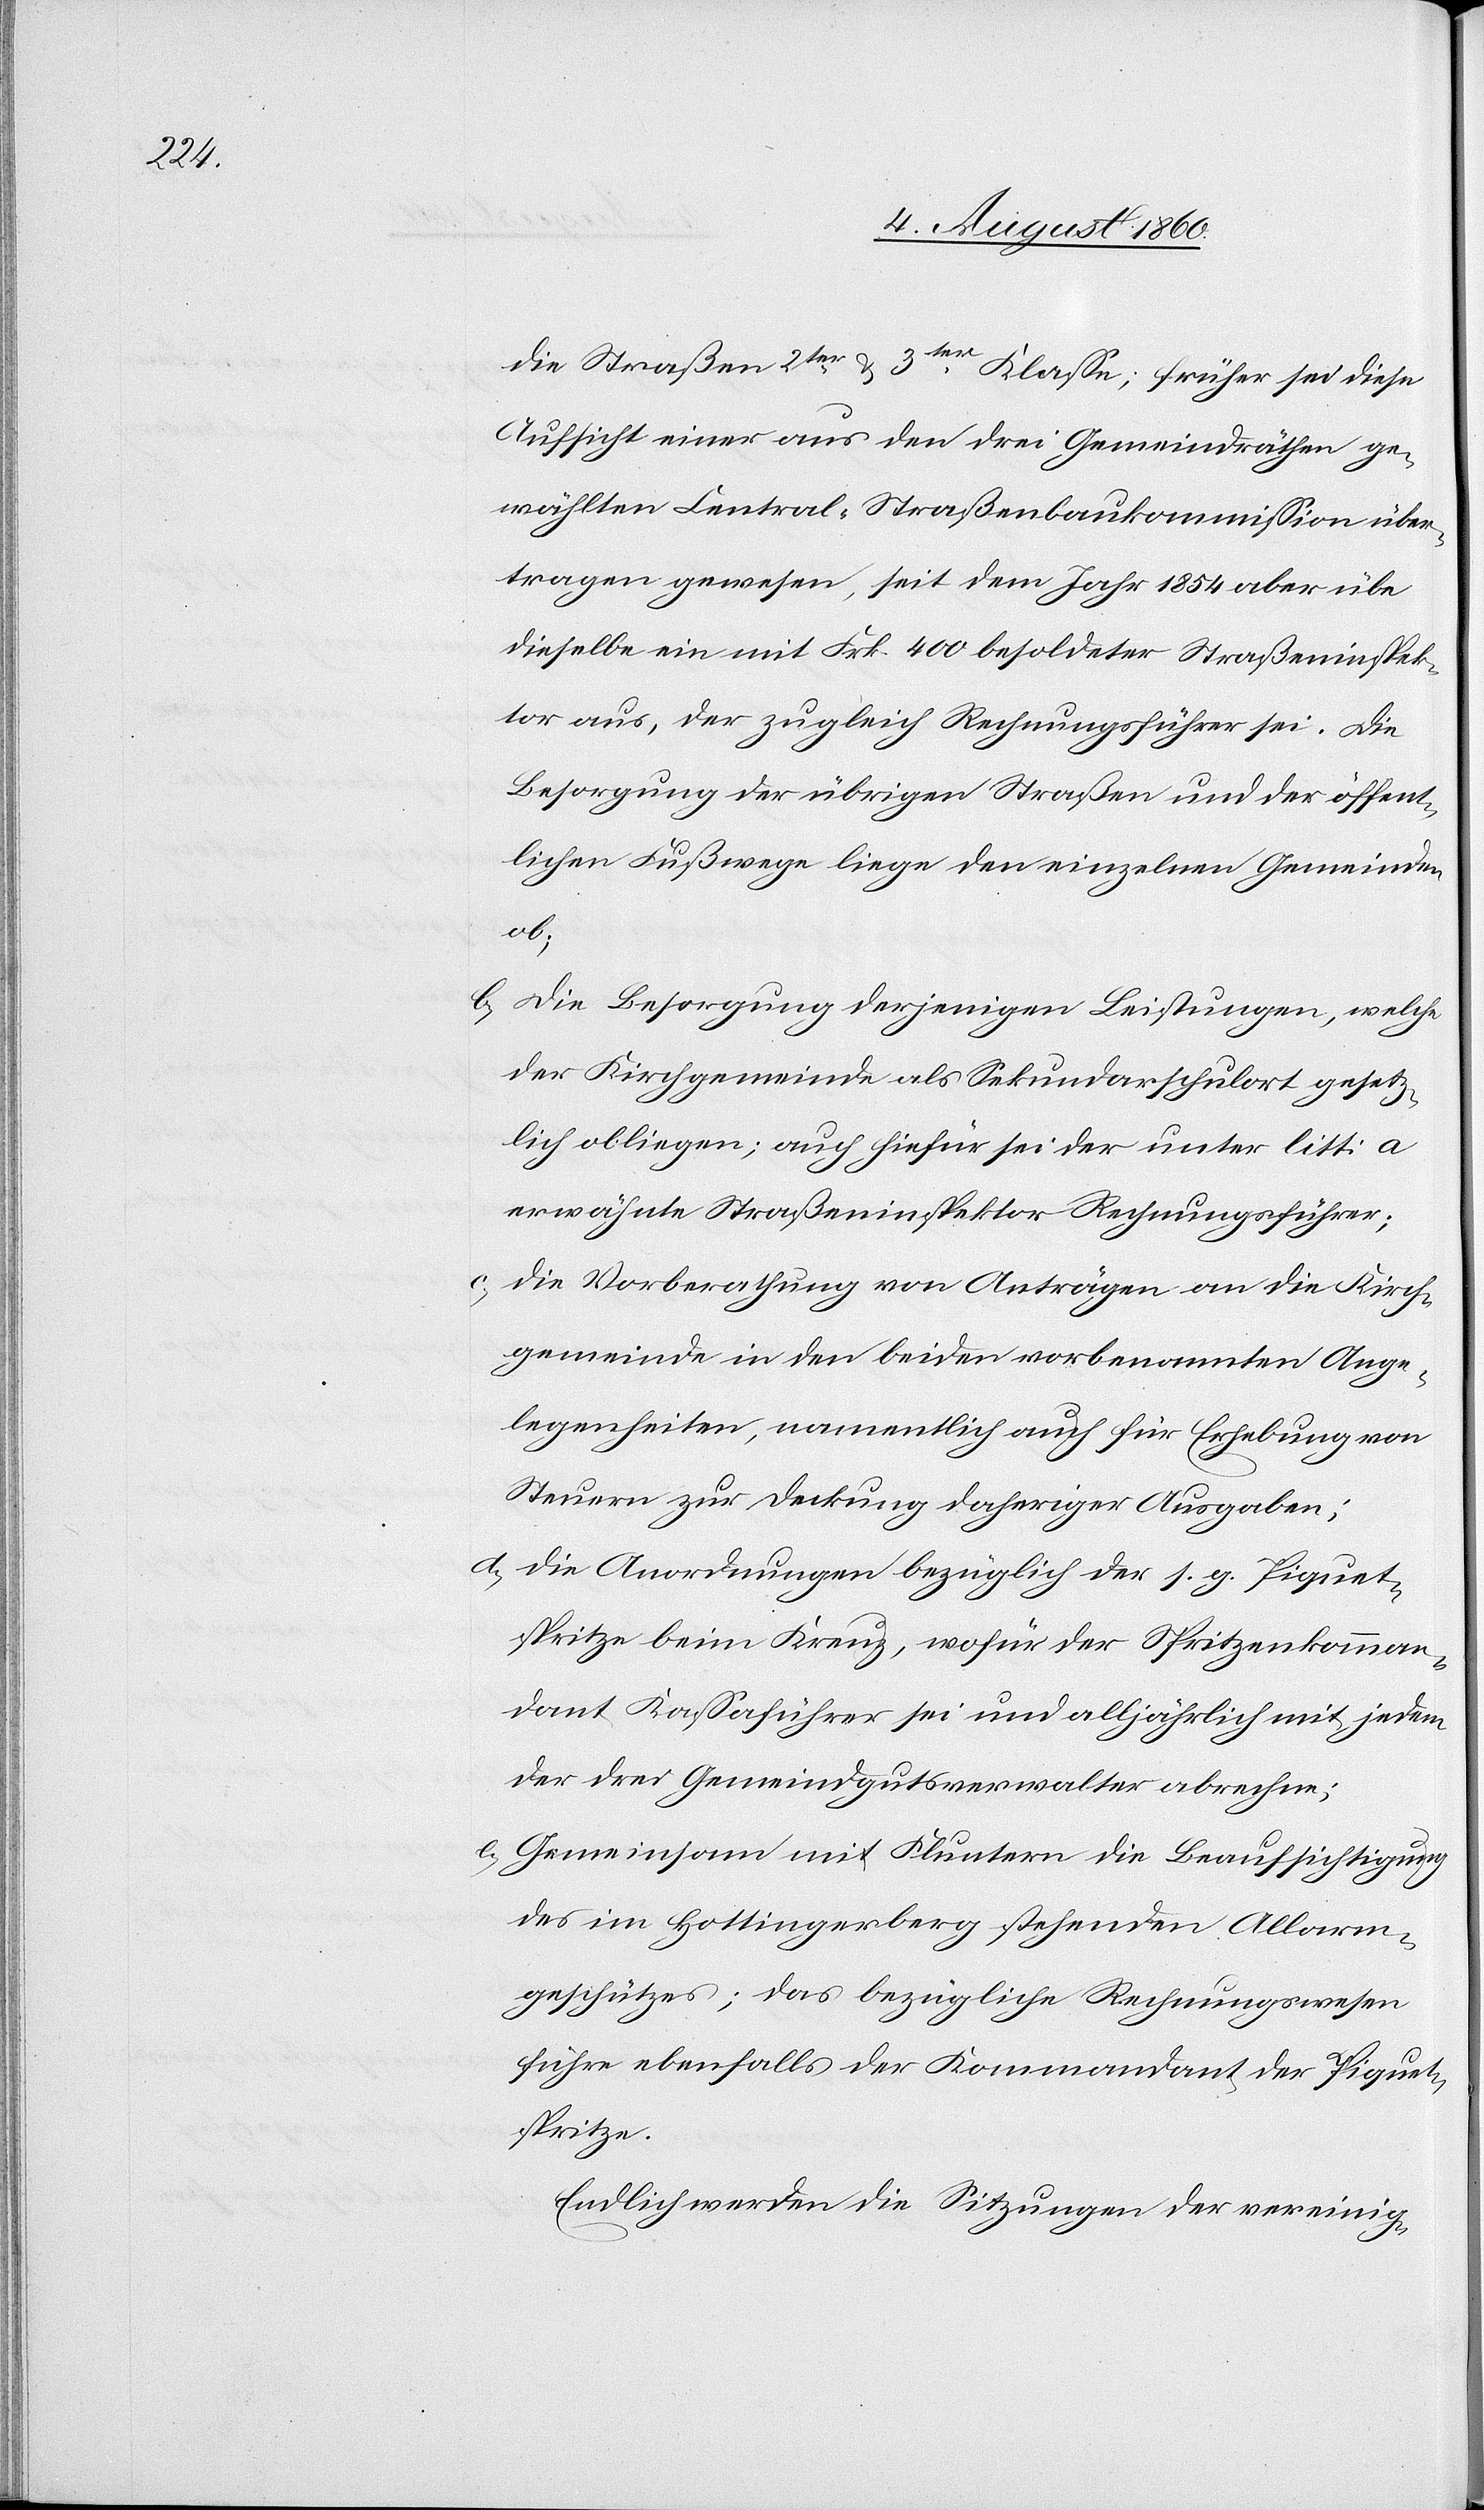
die Strassen zweiter u. 3ter Klasse; früher sei diese
Aufsicht einer aus den drei Gemeindräthen ge¬
wählten Central-Strassen-Baukommission über¬
tragen gewesen, seit dem Jahr 1854 aber übe
dieselbe ein mit Frk. 400 besoldeter Strasseninspek¬
tor aus, der zugleich Rechnungsführer sei. Die
Besorgung der übrigen Strassen und der öffent¬
lichen Fusswege liege den einzelnen Gemeinden
ob.
b. Die Besorgung derjenigen Leistungen, welche
der Kirchgemeinde als Sekundarschulort gesetz¬
lich obliegen, auch hiefür sei der unter litt. a
erwähnte Straßeninspektor Rechungsführer;
c. die Vorberathung von Anträgen an die Kirch¬
gemeinde in den beiden vorbenannten Ange¬
legenheiten, namentlich auch für Erhebung von
Steuern zur Deckung daheriger Ausgaben;
d. Die Anordnungen bezüglich der s. g. Piquet¬
spritze beim Kreuz, wofür der Spritzenkomman¬
dant Kassaführer sei und alljährlich mit jedem
der drei Gemeindgutsverwalter abrechne.
e. Gemeinsam mit Fluntern die Beaufsichtigung
des im Hottingerberg stehenden Allarm¬
geschützes; das bezügliche Rechnungswesen
führe ebenfalls der Kommandant der Piquet¬
spritze.
Endlich werden die Sitzungen der vereinig-